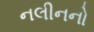
નલીનનો